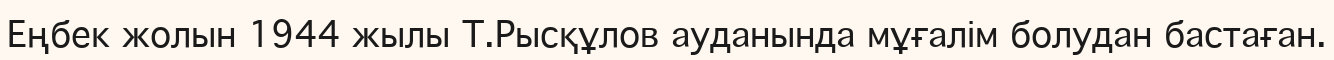
Еңбек жолын 1944 жылы Т.Рысқұлов ауданында мұғалім болудан бастаған.